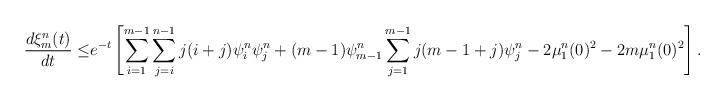
LaTeX: \begin{align*}\frac{d\xi^{n}_m(t)}{dt}\leq& e^{-t}\left[\sum_{i=1}^{m-1}\sum_{j=i}^{n-1} j(i+j)\psi^{n}_i \psi^{n}_j+(m-1) \psi^{n}_{m-1}\sum_{j=1}^{m-1}j(m-1+j) \psi^{n}_j-2\mu^{n}_1(0)^2-2m\mu^{n}_1(0)^2\right].\end{align*}